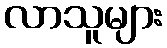
လာသူများ